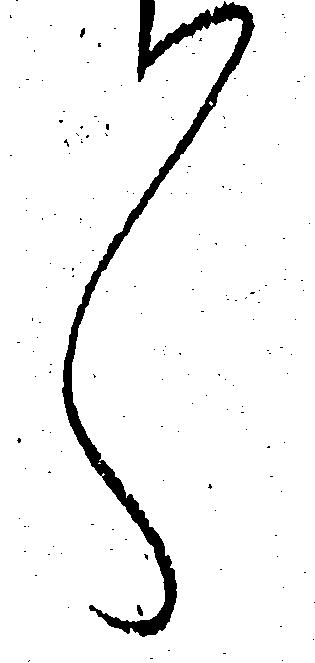
々